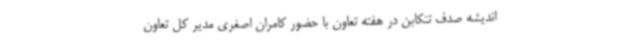
اندیشه صدف تنکابن در هفته تعاون با حضور کامران اصغری مدیر کل تعاون